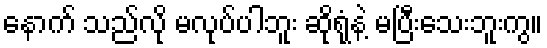
နောက် သည်လို မလုပ်ပါဘူး ဆိုရုံနဲ့ မပြီးသေးဘူးကွ။